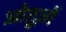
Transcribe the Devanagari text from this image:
ओग़ुज़ों